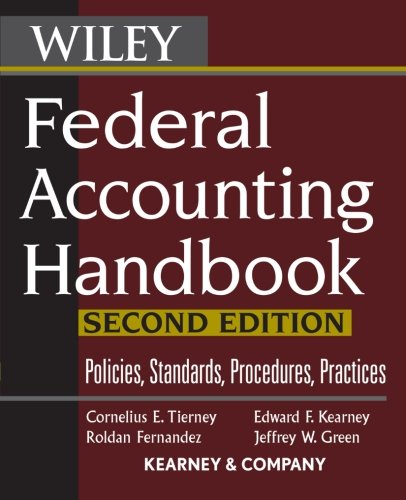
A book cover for Federal Accounting Handbook: Policies, Standards, Procedures, Practices; Cornelius E. Tierney; Business & Money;